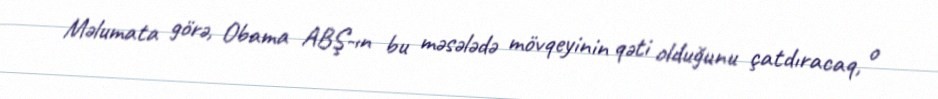
Məlumata görə, Obama ABŞ-ın bu məsələdə mövqeyinin qəti olduğunu çatdıracaq, o